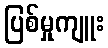
ပြစ်မှုကျူး